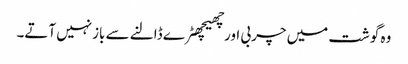
وہ گوشت میں چربی اورچھیچھٹرے ڈالنے سے بازنہیں آتے۔